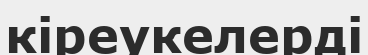
кіреукелерді